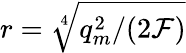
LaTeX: r=\sqrt[4]{q_{m}^{2}/(2{\cal F})}